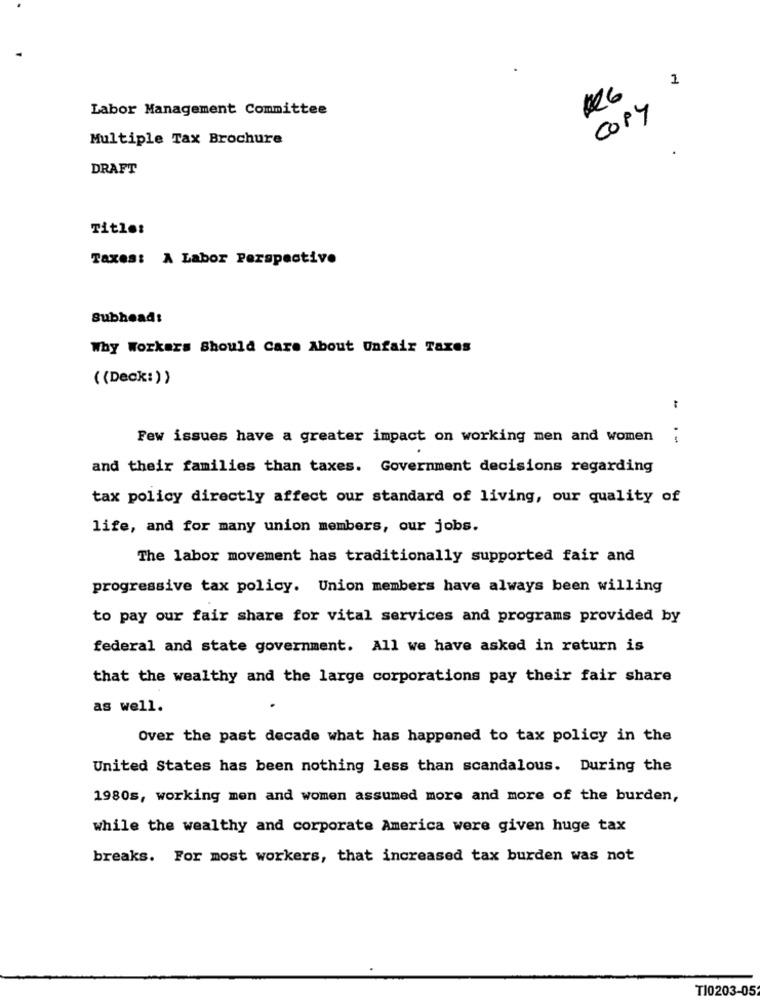
Labor Management Committee
COPY
Multiple Tax Brochure
DRAFT
Title:
Taxes: A Labor Perspective
Subhead:
Why Workers Should Care About Unfair Taxes
((Deck:))
Few issues have a greater impact on working men and women
and their families than taxes. Government decisions regarding
tax policy directly affect our standard of living, our quality of
life, and for many union members, our jobs.
The labor movement has traditionally supported fair and
progressive tax policy. Union members have always been willing
to pay our fair share for vital services and programs provided by
federal and state government. All we have asked in return is
that the wealthy and the large corporations pay their fair share
as well.
Over the past decade what has happened to tax policy in the
United States has been nothing less than scandalous. During the
1980s, working men and women assumed more and more of the burden,
while the wealthy and corporate America were given huge tax
breaks. For most workers, that increased tax burden was not
T10203-05